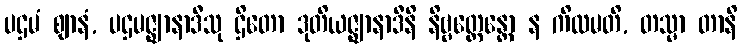
ပဌမံ ဈာနံ, ပဌမဇ္ဈာနာဒီသု ဌိတော ဒုတိယဇ္ဈာနာဒီနိ နိဗ္ဗတ္တေန္တော န ကိလမတိ, တသ္မာ တာနိ